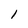
Character: l